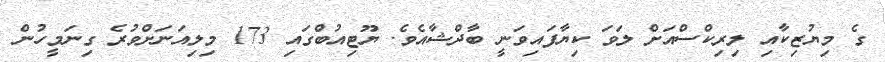
ގެ މިޔުޒިކާއި ލިރިކްސްއަށް ލަވަ ކިޔާފައިވަނީ ބާދްޝާއެވެ. ޔޫޓިއުބްގައި 173 މިލިއަނަށްވުރެ ގިނަމީހުން